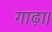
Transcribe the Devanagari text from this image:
गाढ़ा।